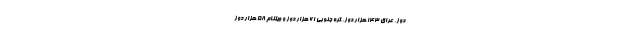
دوز، عراق ۱۴۳ هزار دوز، کره جنوبی ۶۱ هزار دوز و ویتنام ۵۸ هزار دوز